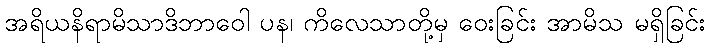
အရိယနိရာမိသာဒိဘာဝေါ ပန၊ ကိလေသာတို့မှ ဝေးခြင်း အာမိသ မရှိခြင်း